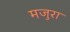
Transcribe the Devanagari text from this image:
मजुरा